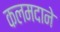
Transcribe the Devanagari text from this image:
कलमदाने